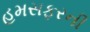
હમસફરની